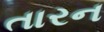
તારન